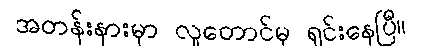
အတန်းနားမှာ လူတောင်မှ ရှင်းနေပြီ။